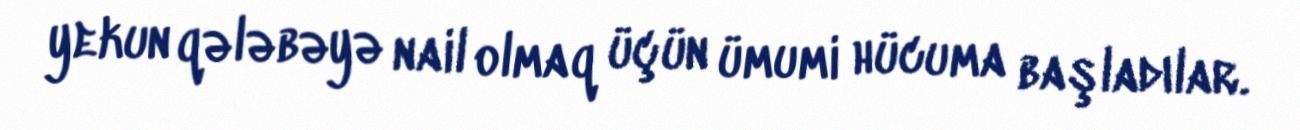
yekun qələbəyə nail olmaq üçün ümumi hücuma başladılar.